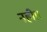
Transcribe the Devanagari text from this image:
नही।।